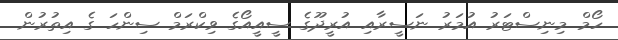
ހޯމް މިނިސްޓަރު އުމަރު ނަސީރާއި އުރީދޫގެ ސީއީއޯގެ ވިކްރަމް ސިންހަ ގެ އިތުރުން